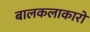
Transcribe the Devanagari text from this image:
बालकलाकारो